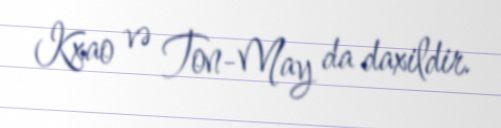
Kxao və Ton-May da daxildir.